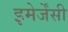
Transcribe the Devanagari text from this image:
इमेर्जेंसी